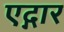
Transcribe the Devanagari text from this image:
एद्गार